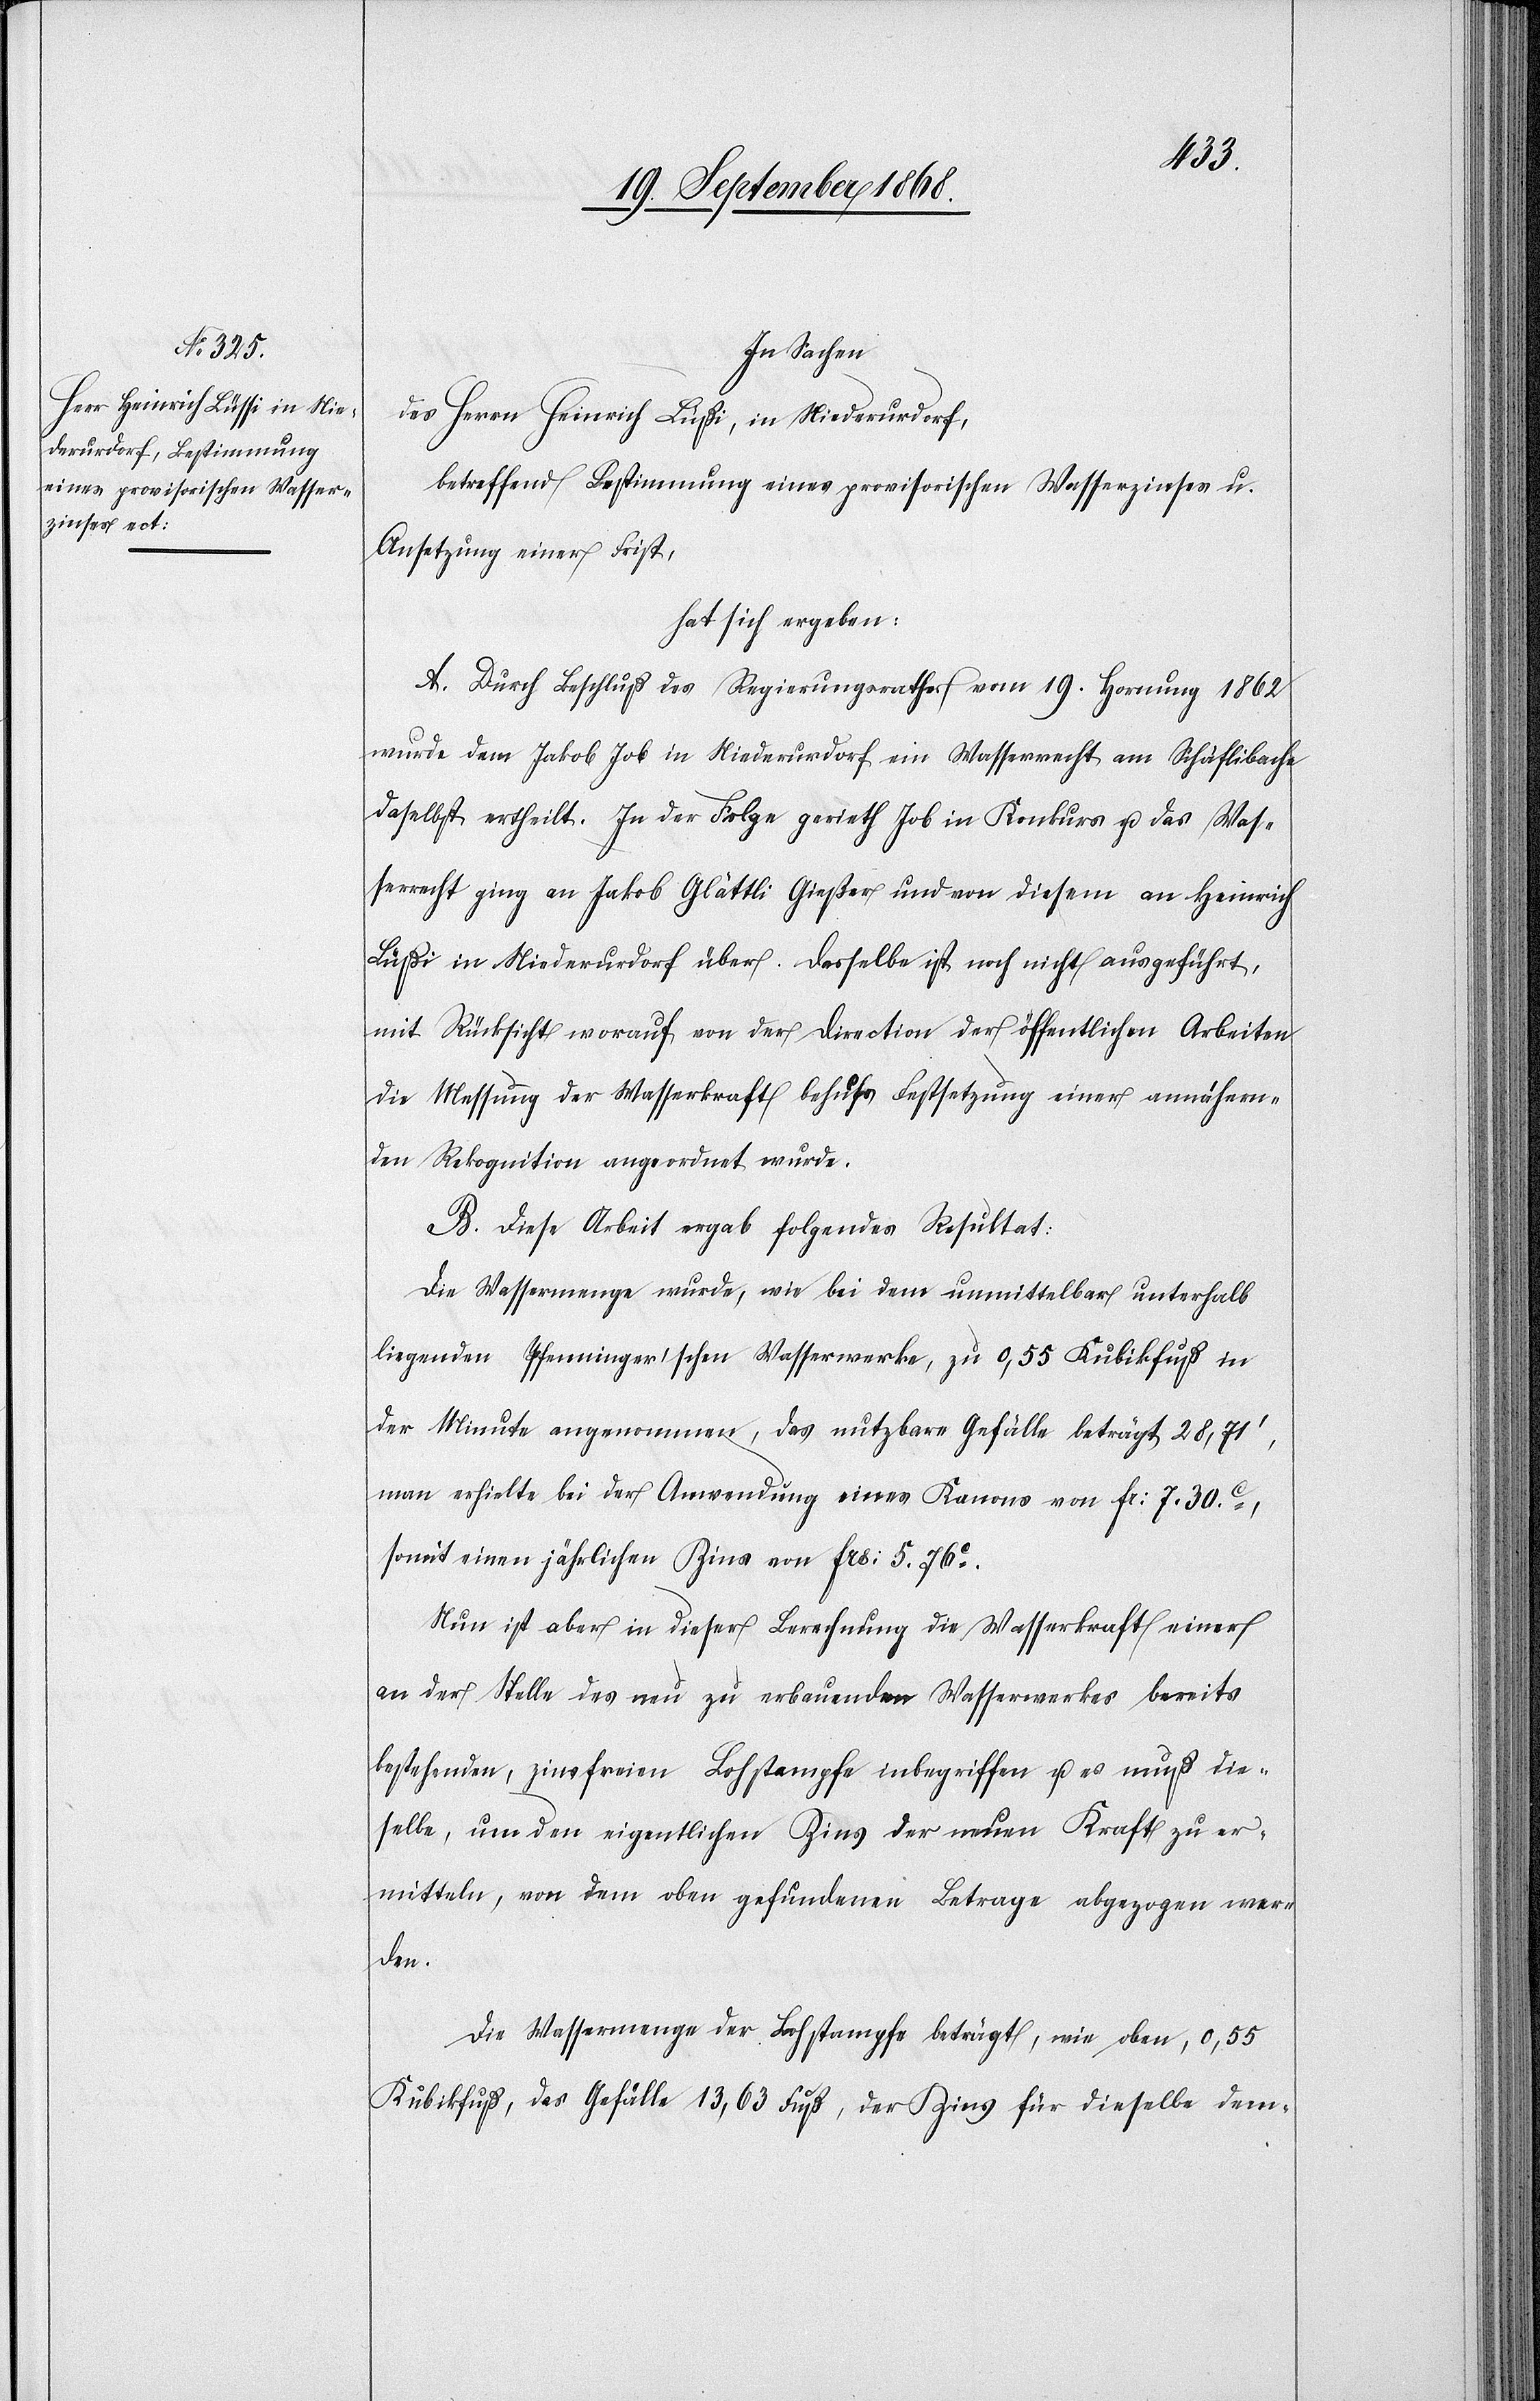
In Sachen
des Herrn Heinrich Lüßi, in Niederurdorf,
betreffend Bestimmung eines provisorischen Wasserzinses u.
Ansetzung einer Frist,
hat sich ergeben:
A. Durch Beschluß des Regierungsrathes vom 19. Hornung 1862
wurde dem Jakob Job in Niederurdorf ein Wasserrecht am Schäflibache
daselbst ertheilt. In der Folge gerieth Job in Konkurs u. das Was¬
serrecht ging an Jakob Glättli Gießer und von diesem an Heinrich
Lüßi in Niederurdorf über. Dasselbe ist noch nicht ausgeführt,
mit Rücksicht worauf von der Direction der öffentlichen Arbeiten
die Messung der Wasserkraft behufs Festsetzung einer annähern¬
den Rekognition angeordnet wurde.
B. Diese Arbeit ergab folgendes Resultat:
Die Wassermenge wurde, wie bei dem unmittelbar unterhalb
liegenden Pfenninger’schen Wasserwerke, zu 0,55 Kubikfuß in
der Minute angenommen, das nutzbare Gefälle beträgt 28,71‘,
man erhielte bei der Anwendung eines Kanons von Fr: 7. 30C.,
somit einen jährlichen Zins von Frs: 5. 76C.
Nun ist aber in dieser Berechnung die Wasserkraft einer
an der Stelle des neu zu erbauenden Wasserwerkes bereits
bestehenden, zinsfreien Lohstampfe inbegriffen u. es muß die¬
selbe, um den eigentlichen Zins der neuen Kraft zu er¬
mitteln, von dem oben gefundenen Betrage abgezogen wer¬
den.
Die Wassermenge der Lohstampfe beträgt, wie oben, 0,55
Kubikfuß, das Gefälle 13,63 Fuß, der Zins für dieselbe dem-